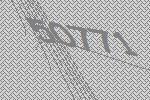
50771